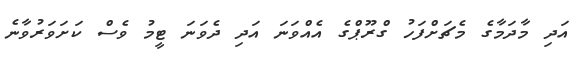
އަދި މާދަމާގެ މެޗަށްފަހު ގްރޫޕްގެ އެއްވަނަ އަދި ދެވަނަ ޓީމު ވެސް ކަށަވަރުވާނެ